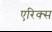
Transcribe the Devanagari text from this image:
एरिक्स